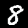
Digit: 8